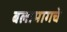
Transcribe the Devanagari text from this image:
बलामागचे